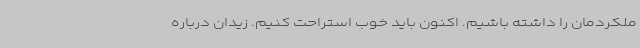
ملکردمان را داشته باشیم. اکنون باید خوب استراحت کنیم. زیدان درباره